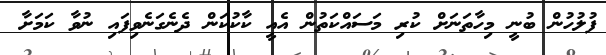
ފުލުހުން ބުނީ މިހާތަނަށް ކުރި މަސައްކަތުން އެއީ ކާކުކަން ދެނެގަނެވިފައި ނުވާ ކަމަށާ